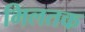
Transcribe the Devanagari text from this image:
मिलतक